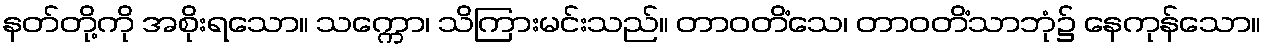
နတ်တို့ကို အစိုးရသော။ သက္ကော၊ သိကြားမင်းသည်။ တာဝတိံသေ၊ တာဝတိံသာဘုံ၌ နေကုန်သော။